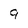
Character: 9